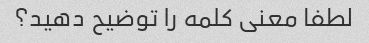
لطفا معنی کلمه را توضیح دهید؟